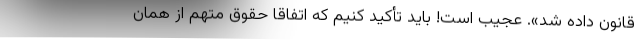
قانون داده شد». عجیب است! باید تأکید کنیم که اتفاقا حقوق متهم از همان